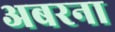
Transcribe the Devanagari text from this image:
अबरना